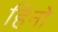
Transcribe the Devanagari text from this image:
हिनो